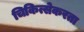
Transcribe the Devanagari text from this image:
चिकित्सेकरता